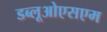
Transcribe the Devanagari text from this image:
डब्लूओएसएम